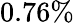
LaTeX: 0.76\%